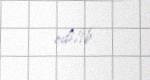
edilib.